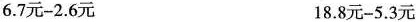
6.7元-2.6元 18.8元-5.3元